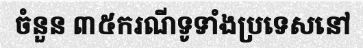
ចំនួន ៣៥ករណីទូទាំងប្រទេសនៅ